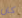
كان